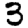
Digit: 3